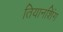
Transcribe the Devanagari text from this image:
तियानशिंग